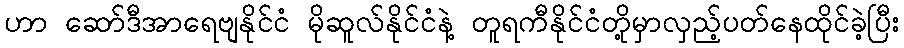
ဟာ ဆော်ဒီအာရေဗျနိုင်ငံ မိုဆူလ်နိုင်ငံနဲ့ တူရကီနိုင်ငံတို့မှာလှည့်ပတ်နေထိုင်ခဲ့ပြီး